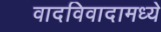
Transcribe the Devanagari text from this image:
वादविवादामध्ये